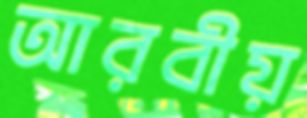
আরবীয়